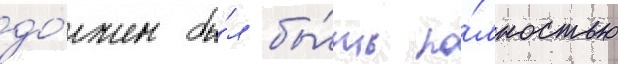
до́лжен бы́л бы́ть по́лностью